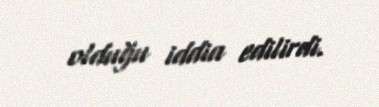
olduğu iddia edilirdi.